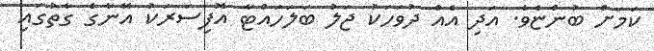
ކަމަށް ބުންޏެވެ. އަދި އެއް ދުވަހަކު ޖަލު ބަލަހައްޓާ އޮފިސަރަކު އޭނާގެ ގާތުގައި